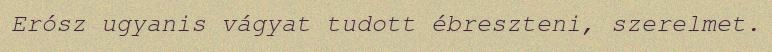
Erósz ugyanis vágyat tudott ébreszteni, szerelmet.